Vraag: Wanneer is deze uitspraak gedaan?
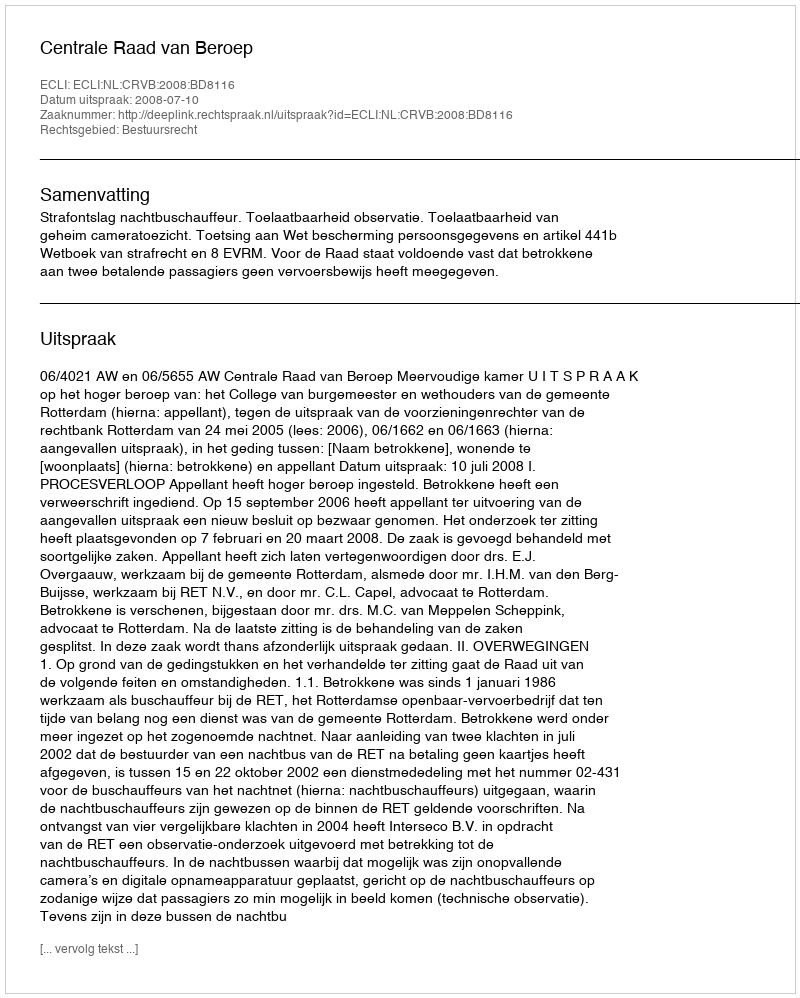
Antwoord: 2008-07-10